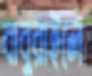
বাবুরাইলে